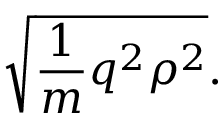
{ \sqrt { { \frac { 1 } { m } } q ^ { 2 } \rho ^ { 2 } } } .